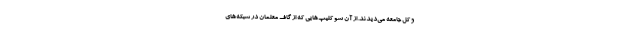
و کل جامعه می‌دیدند. از آن سو کلیپ‌هایی که از گاف معلمان در شبکه‌های